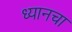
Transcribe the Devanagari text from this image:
ध्यानचा